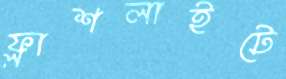
ফ্লাশলাইটে